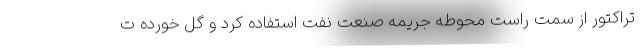
تراکتور از سمت راست محوطه جریمه صنعت نفت استفاده کرد و گل خورده ت